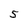
Character: 5